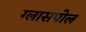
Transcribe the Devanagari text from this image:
ग्लासपोल